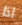
اذا